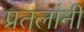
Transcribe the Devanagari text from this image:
प्रतलांनी